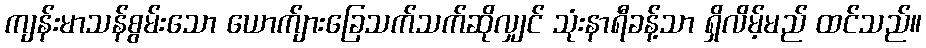
ကျန်းမာသန်စွမ်းသော ယောက်ျားခြေသက်သက်ဆိုလျှင် သုံးနာရီခန့်သာ ရှိလိမ့်မည် ထင်သည်။